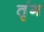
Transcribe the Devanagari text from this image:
तृंग